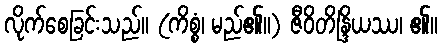
လိုက်စေခြင်းသည်။ (ကိစ္စံ၊ မည်၏။) ဇီဝိတိန္ဒြိယဿ၊ ၏။